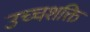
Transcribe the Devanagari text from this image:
उच्‍चशक्ति